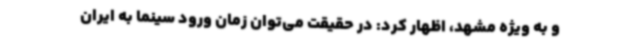
و به ویژه مشهد، اظهار کرد: در حقیقت می‌توان زمان ورود سینما به ایران